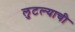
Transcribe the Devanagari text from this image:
लुटल्याची